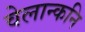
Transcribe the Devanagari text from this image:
वेलान्कनि